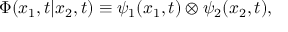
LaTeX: { \Phi } ( x _ { 1 } , t | x _ { 2 } , t ) \equiv { \psi } _ { 1 } ( x _ { 1 } , t ) \otimes { \psi } _ { 2 } ( x _ { 2 } , t ) ,